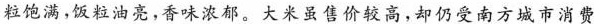
粒饱满，饭粒油亮。，香味浓郁。大米虽售价较高，却仍受南方城市消费